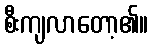
စီးကျလာတော့၏။